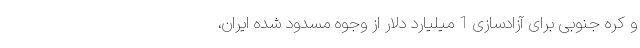
و کره جنوبی برای آزادسازی 1 میلیارد دلار از وجوه مسدود شده ایران،